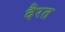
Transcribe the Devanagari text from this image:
दैरत